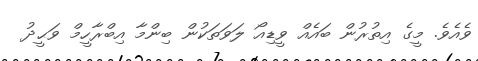
ވެއެވެ. މީގެ އިތުރުން ބައެއް ވީޑިއޯ ލަވަތަކުން ބިންމާ އިބްރާހީމް ވަޙީދު